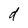
Character: d